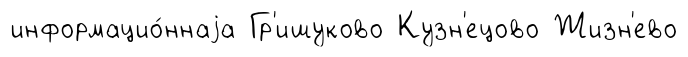
информацио́ннаjа Гр'ишуково Кузн'ецово Жизн'ево